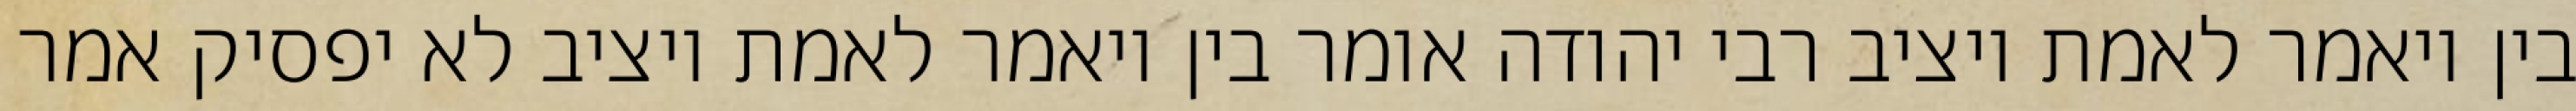
בין ויאמר לאמת ויציב רבי יהודה אומר בין ויאמר לאמת ויציב לא יפסיק אמר